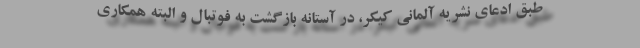
طبق ادعای نشریه آلمانی کیکر، در آستانه بازگشت به فوتبال و البته همکاری